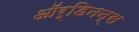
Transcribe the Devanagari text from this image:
ऑर्डिनन्स